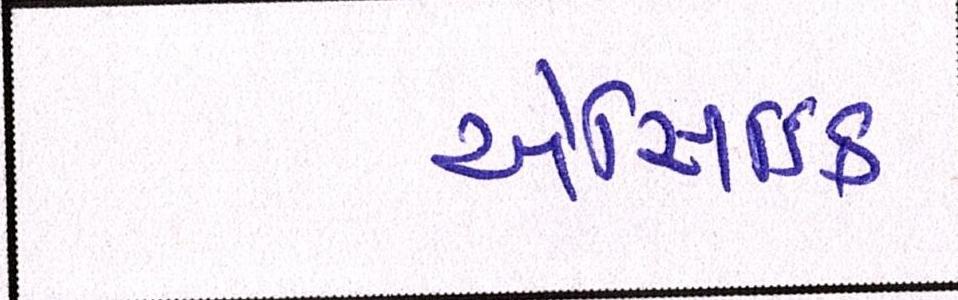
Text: એસિડિક